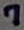
Text: 7